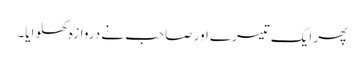
پھر ایک تیسرے اور صاحب نے دروازہ کھلوایا۔